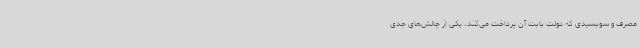
مصرف و سوبسیدی که دولت بابت آن پرداخت می‌کند، یکی از چالش‌های جدی